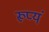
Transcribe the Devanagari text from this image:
रूप्यं